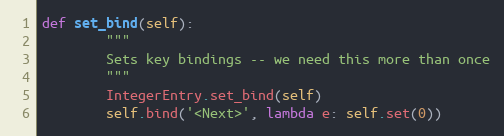
Language: Python
def set_bind(self):
        """
        Sets key bindings -- we need this more than once
        """
        IntegerEntry.set_bind(self)
        self.bind('<Next>', lambda e: self.set(0))